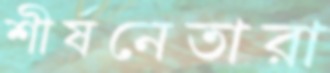
শীর্ষনেতারা